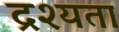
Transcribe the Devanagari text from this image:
द्रश्यता